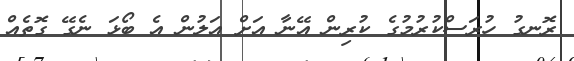
ރޮނގު ހުރަސްކުރުމުގެ ކުރިން އޭނާ އަށް އަލުން އެ ބޯޅަ ނެގޭ ގޮތެއް